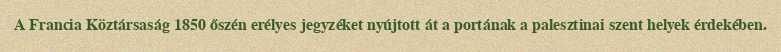
A Francia Köztársaság 1850 őszén erélyes jegyzéket nyújtott át a portának a palesztinai szent helyek érdekében.